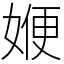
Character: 㛹